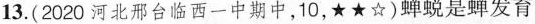
13.(2020河北邢台临西一中期中，10，★★☆)蝉蜕是蝉发育